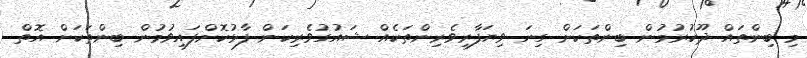
މި ބިންތައް ދޫކުރުމުން ބިންތަކަށް ގިނަ ވިޔަފާރިވެރިންތަކެއް ޝައުގުވެރިކަން ފާޅުކޮށްފައިވުމުން ބިންތަކަށް އޮތް